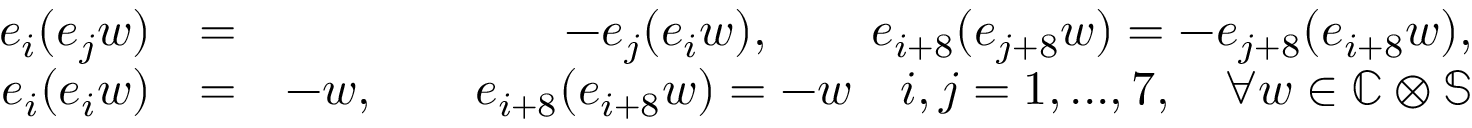
\begin{array} { r l r } { e _ { i } ( e _ { j } w ) } & { = } & { - e _ { j } ( e _ { i } w ) , \qquad e _ { i + 8 } ( e _ { j + 8 } w ) = - e _ { j + 8 } ( e _ { i + 8 } w ) , } \\ { e _ { i } ( e _ { i } w ) } & { = } & { - w , \qquad e _ { i + 8 } ( e _ { i + 8 } w ) = - w \quad i , j = 1 , . . . , 7 , \quad \forall w \in \mathbb { C } \otimes \mathbb { S } } \end{array}